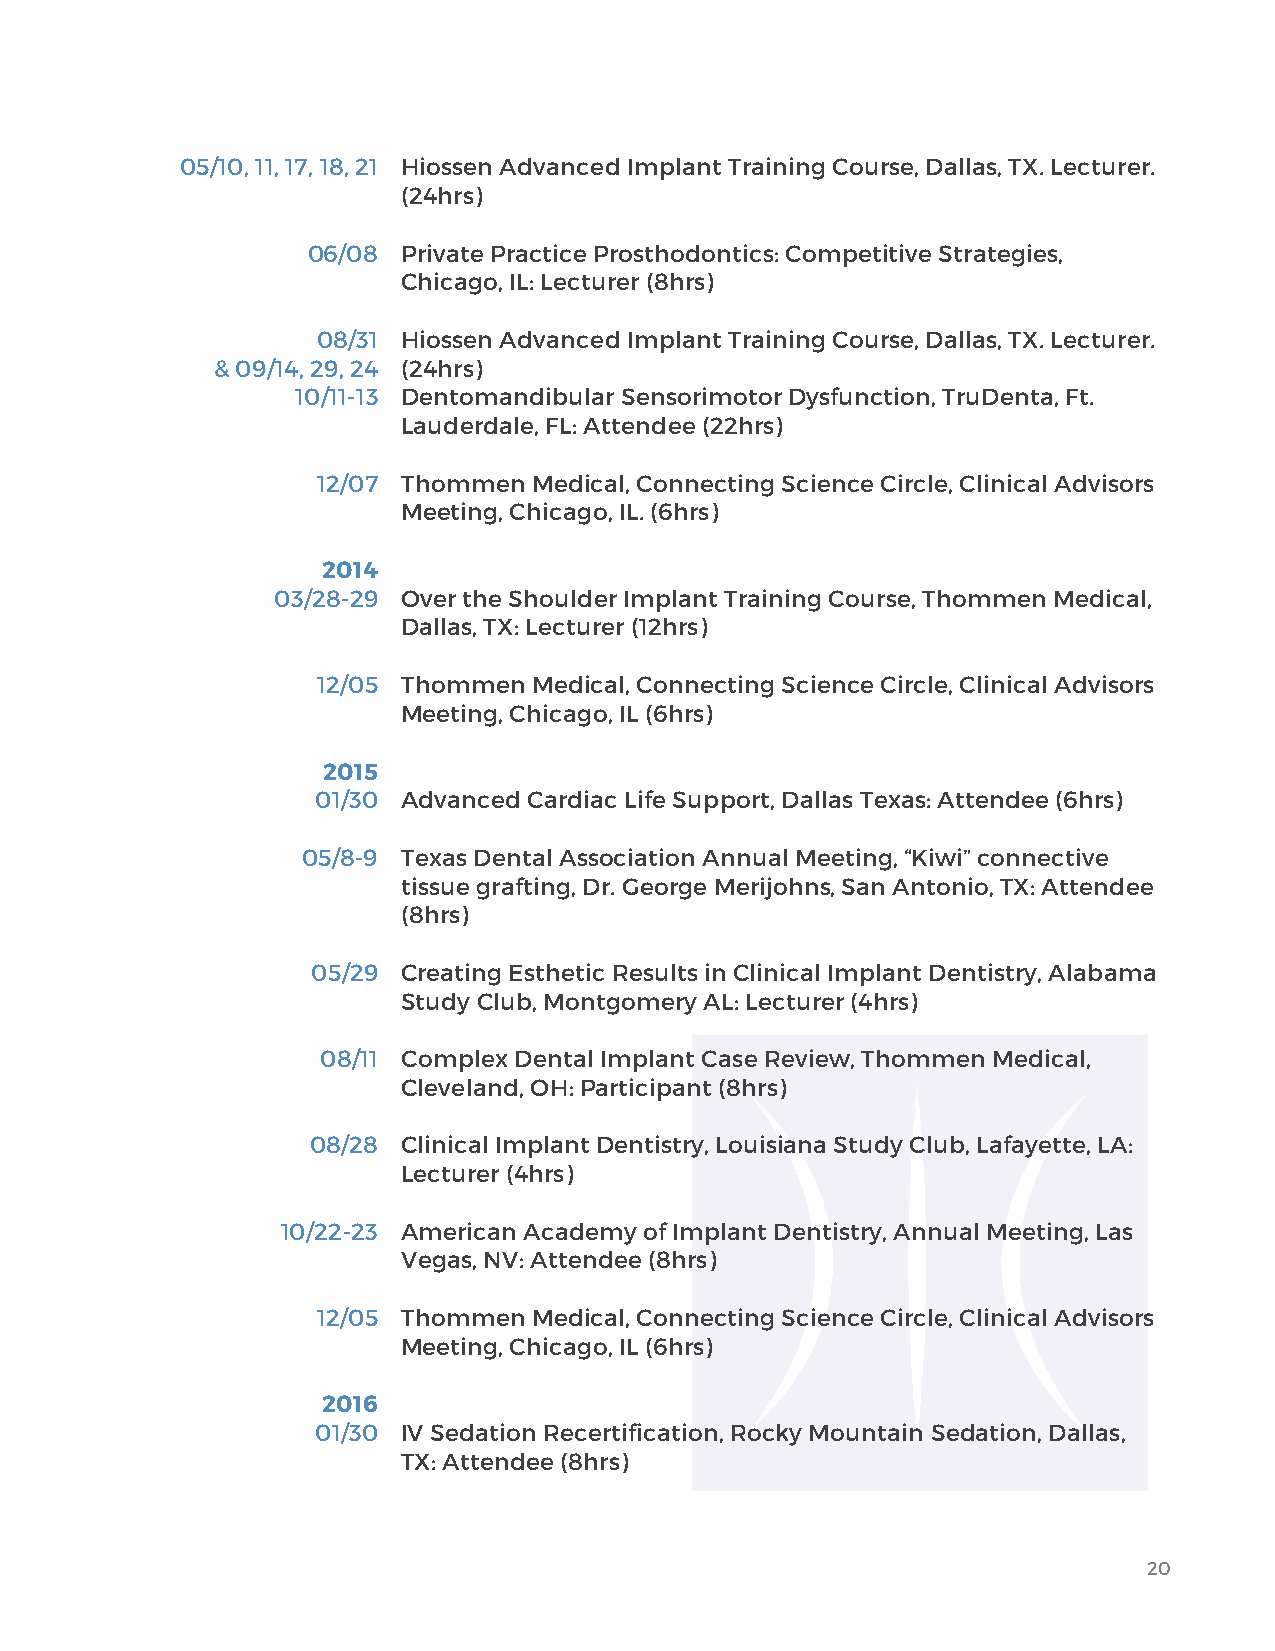
05/10, 11, 17, 18, 21 Hiossen Advanced Implant Training Course, Dallas, TX. Lecturer.
 (24hrs)
 06/08  Private Practice Prosthodontics: Competitive Strategies,
 Chicago, IL: Lecturer (8hrs)
 08/31 Hiossen Advanced Implant Training Course, Dallas, TX. Lecturer.
 & 09/14, 29, 24 (24hrs)
 10/11-13 Dentomandibular Sensorimotor Dysfunction, TruDenta, Ft.
 Lauderdale, FL: Attendee (22hrs)
 12/07 Thommen Medical, Connecting Science Circle, Clinical Advisors
 Meeting, Chicago, IL. (6hrs)
 2014
 03/28-29 Over the Shoulder Implant Training Course, Thommen Medical,
 Dallas, TX: Lecturer (12hrs)
 12/05 Thommen Medical, Connecting Science Circle, Clinical Advisors
 Meeting, Chicago, IL (6hrs)
 2015
 01/30 Advanced Cardiac Life Support, Dallas Texas: Attendee (6hrs)
 05/8-9 Texas Dental Association Annual Meeting, “Kiwi” connective
 tissue grafting, Dr. George Merijohns, San Antonio, TX: Attendee
 (8hrs)
 05/29 Creating Esthetic Results in Clinical Implant Dentistry, Alabama
 Study Club, Montgomery AL: Lecturer (4hrs)
 08/11 Complex Dental Implant Case Review, Thommen Medical,
 Cleveland, OH: Participant (8hrs)
 08/28 Clinical Implant Dentistry, Louisiana Study Club, Lafayette, LA:
 Lecturer (4hrs)
 10/22-23 American Academy of Implant Dentistry, Annual Meeting, Las
 Vegas, NV: Attendee (8hrs)
 12/05 Thommen Medical, Connecting Science Circle, Clinical Advisors
 Meeting, Chicago, IL (6hrs)
 2016
 01/30 IV Sedation Recertification, Rocky Mountain Sedation, Dallas,
 TX: Attendee (8hrs)
 20